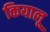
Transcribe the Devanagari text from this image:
कियालू